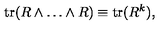
\mathrm { t r } ( R \wedge \ldots \wedge R ) \equiv \mathrm { t r } ( R ^ { k } ) ,